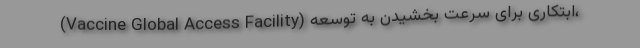
(Vaccine Global Access Facility) ابتکاری برای سرعت بخشیدن به توسعه،